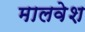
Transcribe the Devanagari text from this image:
मालवेश